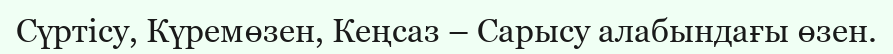
Сүртісу, Күремөзен, Кеңсаз – Сарысу алабындағы өзен.